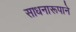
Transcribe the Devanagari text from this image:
साधनारूपाने